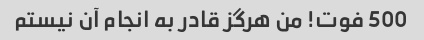
500 فوت! من هرگز قادر به انجام آن نیستم